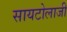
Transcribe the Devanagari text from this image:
सायटोलाजी